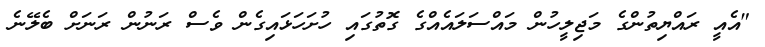
"އެއީ ރައްޔިތުންގެ މަޖިލީހުން މައްސަލައެއްގެ ގޮތުގައި ހުށަހަޅައިގެން ވެސް ރަނުން ރަނަށް ބެލޭނެ